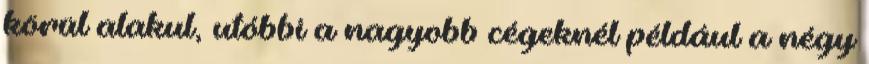
körül alakul, utóbbi a nagyobb cégeknél például a négy